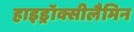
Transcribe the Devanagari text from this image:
हाइड्रॉक्सीलैमिन